Indian Medical Review
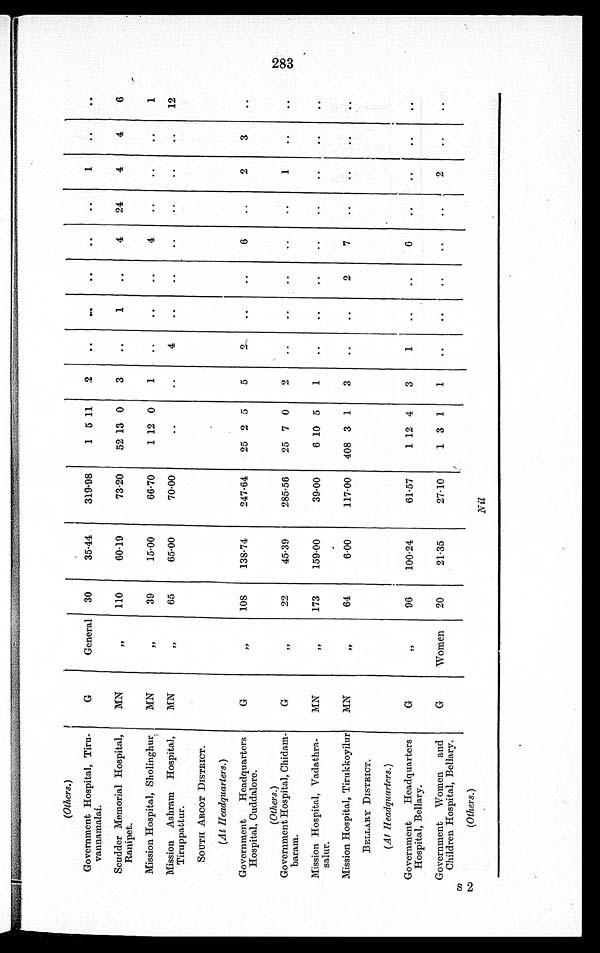
(Others.)
Government Hospital, Tiru
-vannamalai.
G
General 30
35.44
319.98
1 5 11
2
..
..
..
..
. . . .
1
..
..
Scudder Memorial Hospital,
Ranipet.
MN
„
110
60.19
7 3 . 2 0
52 13 0
3
..
1
..
4
24
4
4
6
Mission Hospital, Sholinghur,
MN
„
3 9
15.00
66.70
1 12 0
1
..
..
..
4 ..
..
..
1
Mission Ashram Hospital,
Tiruppattur.
MN
, ,
65
65.00
70.00
. .
..
4
..
..
..
..
..
..
12
SOUTH ARCOT DISTRICT.
(At Headquarters.)
Government Headquarters
Hospital, Cuddalore.
G
,,
108
138.74
247.64
25 2 5
5
2
.. ..
6
..
2
3
..
(Others.)
Government Hospital, Chidam-
baram.
G
,
22
45.39
285.56
25 7 0
2
..
..
..
..
. .
1 ..
..
Mission Hospital, Vadathra-
salur.
MN
, , 173
159.00
39.00
6 10 5
1
..
..
..
..
. .
. . ..
. .
Mission Hospital, Tirukkoyilur
MN
, ,
64
6-00
117.00 408 3 1
3
..
..
2
7
..
. .
. .
. .
BELLARY DISTRICT.
(At Headquarters .)
Government Headquarters
Hospital, Bellary.
G
, ,
96
100.24
61.57
1 12 4
3
1
..
..
6
. .
. . ..
..
Government Women and
Children Hospital, Bellary.
G
Women
20
21.35
27.10
1 3 1
1
..
..
..
. .
..
2
..
..
(Others.)
Nil
283